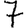
Digit: 7